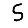
Digit: 5